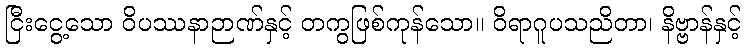
ငြီးငွေ့သော ဝိပဿနာဉာဏ်နှင့် တကွဖြစ်ကုန်သော။ ဝိရာဂူပသညိတာ၊ နိဗ္ဗာန်နှင့်